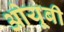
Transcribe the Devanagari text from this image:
ओयूबी